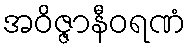
အဝိဇ္ဇာနီဝရဏံ